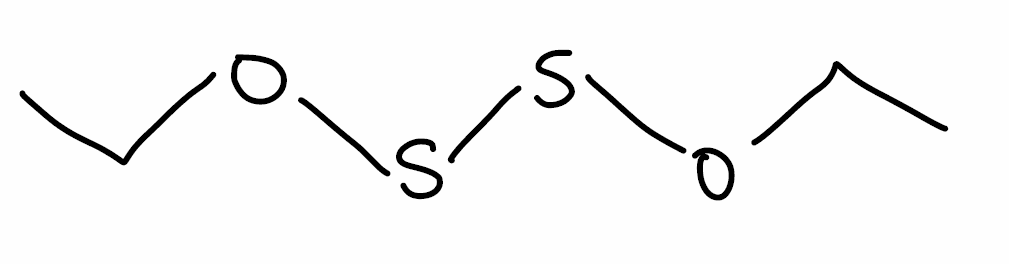
Simplified molecular-input line-entry system (SMILES) notation of the given molecule:
CCOSSOCC